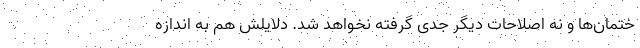
ختمان‌ها و نه اصلاحات دیگر جدی گرفته نخواهد شد. دلایلش هم به اندازه